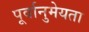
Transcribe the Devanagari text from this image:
पूर्वानुमेयता